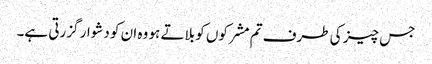
جس چیز کی طرف تم مشرکوں کو بلاتے ہو وہ ان کو دشوار گزرتی ہے۔